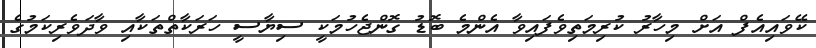
ކޭވައިއެފް އަށް މިހާރު ކުރިމަތިވެފައިވާ އެންމެ ބޮޑު ގޮންޖެހުމަކީ ސިޔާސީ ހަރަކާތްތަކާއި ވާދަވެރިކަމުގެ